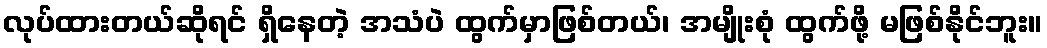
လုပ်ထားတယ်ဆိုရင် ရှိနေတဲ့ အသံပဲ ထွက်မှာဖြစ်တယ်၊ အမျိုးစုံ ထွက်ဖို့ မဖြစ်နိုင်ဘူး။